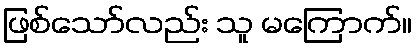
ဖြစ်သော်လည်း သူ မကြောက်။